Civil Veterinary Department. Madras. Admin. report 1926-33 - 1926-1933
Year: 1926
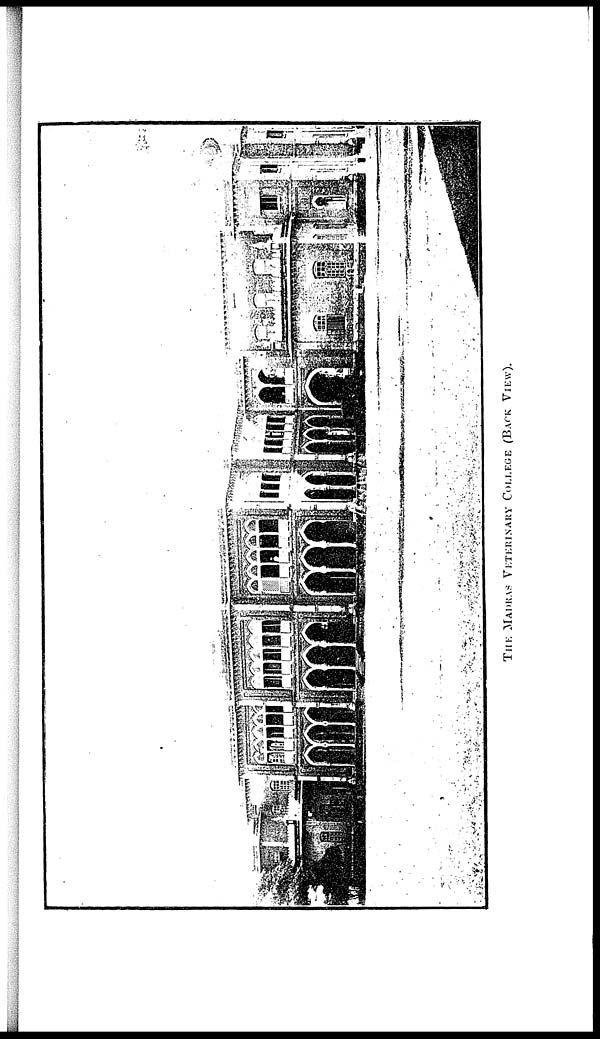
THE MADRAS VETERINARY COLLEGE (BACK VIEW).